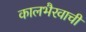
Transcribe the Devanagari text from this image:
कालभैरवाची